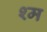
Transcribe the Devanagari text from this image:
श्म